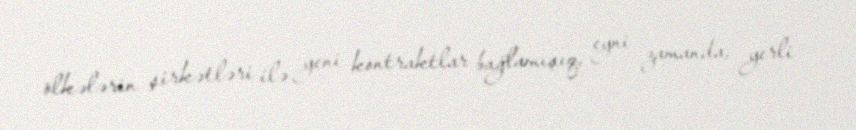
ölkələrin şirkətləri ilə yeni kontraktlar bağlamışıq, eyni zamanda, yerli